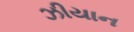
ઝીયાન